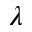
\lambda